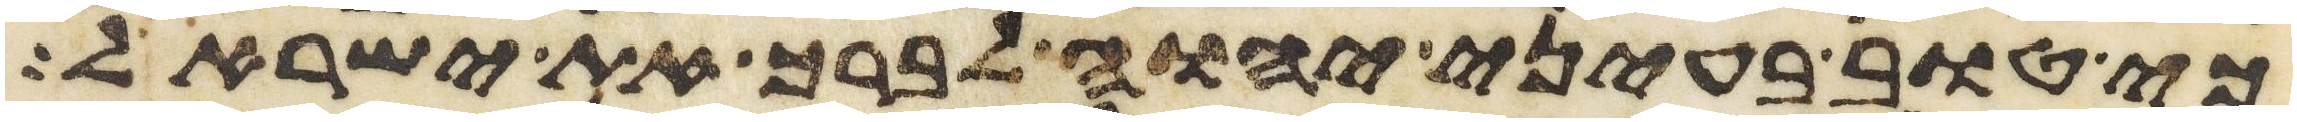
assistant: כי טוב בעיני יהוה לברך את ישראל